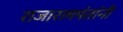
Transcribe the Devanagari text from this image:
राजारामपंतांनी